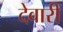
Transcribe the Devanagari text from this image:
देवारी